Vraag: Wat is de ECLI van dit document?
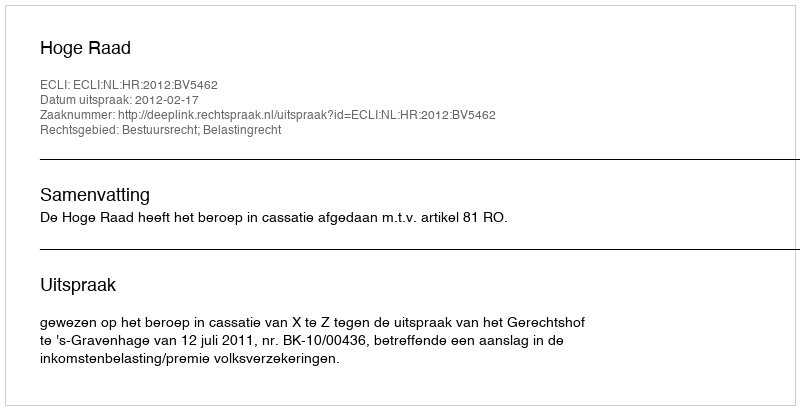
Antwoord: ECLI:NL:HR:2012:BV5462